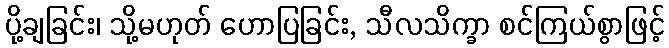
ပို့ချခြင်း၊ သို့မဟုတ် ဟောပြခြင်း, သီလသိက္ခာ စင်ကြယ်စွာဖြင့်